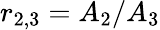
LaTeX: r_{2,3}=A_{2}/A_{3}